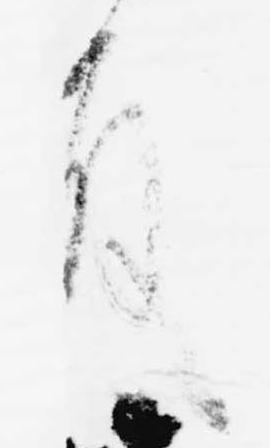
殿